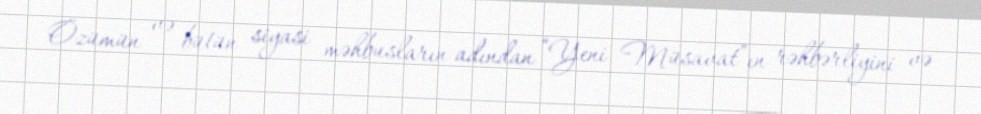
Özümün və bütün siyasi məhbusların adından “Yeni Müsavat”ın rəhbərliyini və